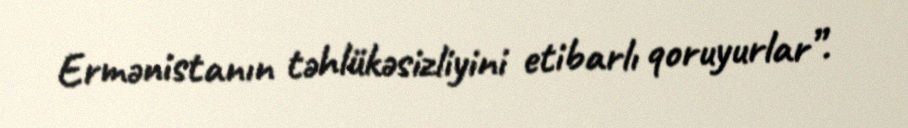
Ermənistanın təhlükəsizliyini etibarlı qoruyurlar”.